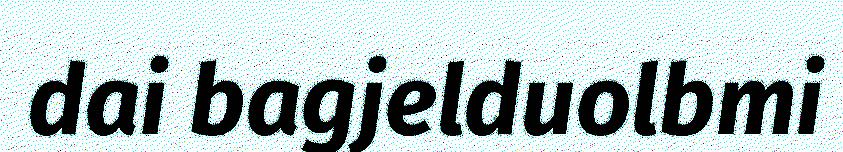
dai bagjelduolbmi